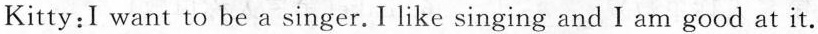
Kitty: I want to be a singer. I like singing and I am good at it.